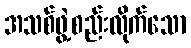
အသစ်ဖွဲ့စည်းလိုက်သော